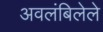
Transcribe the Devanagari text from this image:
अवलंबिलेले